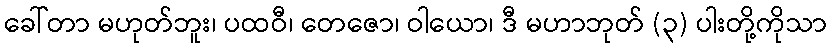
ခေါ်တာ မဟုတ်ဘူး၊ ပထဝီ၊ တေဇော၊ ဝါယော၊ ဒီ မဟာဘုတ် (၃) ပါးတို့ကိုသာ